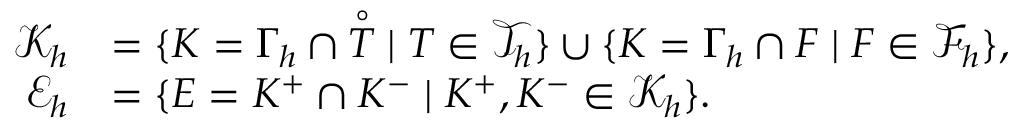
\begin{array} { r l } { \mathcal { K } _ { h } } & { = \{ K = \Gamma _ { h } \cap \overset { \circ } { T } \mid T \in \mathcal { T } _ { h } \} \cup \{ K = \Gamma _ { h } \cap F \mid F \in \mathcal { F } _ { h } \} , } \\ { \mathcal { E } _ { h } } & { = \{ E = K ^ { + } \cap K ^ { - } \mid K ^ { + } , K ^ { - } \in \mathcal { K } _ { h } \} . } \end{array}